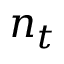
n _ { t }